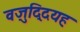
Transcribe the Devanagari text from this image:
वज़ुद्दियह